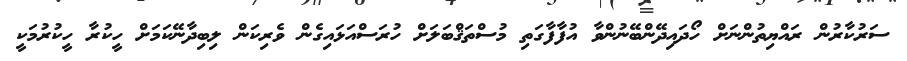
ސަރުކާރުން ރައްޔިތުންނަށް ހޯދައިދޭންބޭނުންވާ އުފާފާގަތި މުސްތަޤްބަލަށް ހުރަސްއަޅައިގެން ވެރިކަން ލިބިދާނޭކަމަށް ހީކުރާ ހީކުރުމަކީ